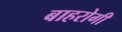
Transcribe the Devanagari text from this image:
बाहरोगी